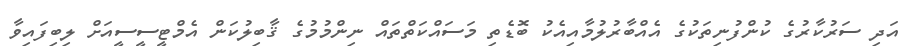
އަދި ސަރުކާރުގެ ކުންފުނިތަކުގެ އެއްބާރުލުމާއިއެކު ބޮޑެތި މަސައްކަތްތައް ނިންމުމުގެ ޤާބިލުކަން އެމްޓީސީސީއަށް ލިބިފައިވާ